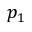
p _ { 1 }